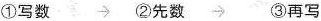
①写数→②先数 →③再写